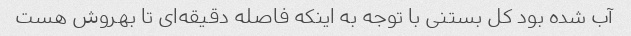
آب شده بود کل بستنی با توجه به اینکه فاصله دقیقه‌ای تا بهروش هست